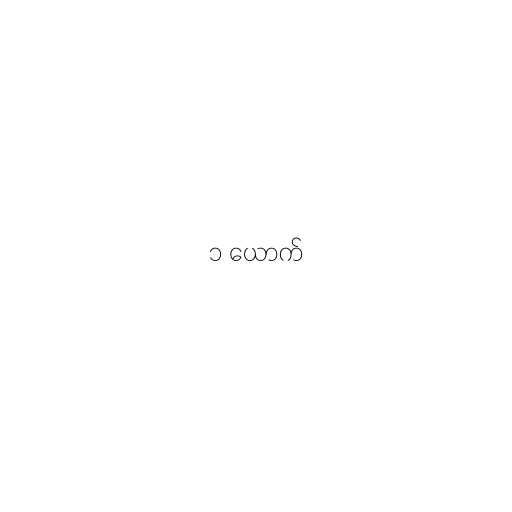
၁ ယောက်